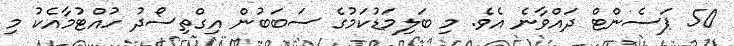
50 ޕަސެންޓް ދައްވާނެ އެވެ. މި ބަލިމަޑުކަމުގެ ސަބަބުން އިގްތިސޯދު ހުއްޓުމާއެކު މި